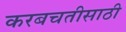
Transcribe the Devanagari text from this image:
करबचतीसाठी